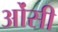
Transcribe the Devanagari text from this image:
ओंसी